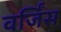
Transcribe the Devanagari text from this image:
वर्जिंस